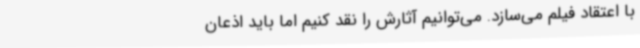
با اعتقاد فیلم می‌سازد. می‌توانیم آثارش را نقد کنیم اما باید اذعان